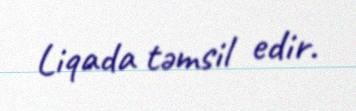
Liqada təmsil edir.